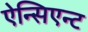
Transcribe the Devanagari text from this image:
ऐन्सिएन्ट